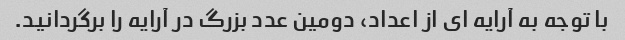
با توجه به آرایه ای از اعداد، دومین عدد بزرگ در آرایه را برگردانید.